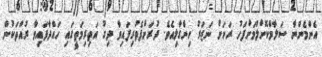
އެންމެންނާ ސަލާމްކޮށްލުމަށްފަހު ރަށަށް ނަޒަރު ހިންގާލިއެވެ. ދުރަށްފެތުރިފައިވާ ދިގު އަތިރިމަތީގައި ހައްދާފައިވާ ރުއްތަކުން